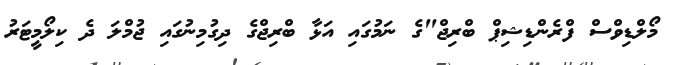
މޯލްޑިވްސް ފްރެންޑިޝިޕް ބްރިޖް"ގެ ނަމުގައި އަޅާ ބްރިޖްގެ ދިގުމިނުގައި ޖުމްލަ ދެ ކިލޯމީޓަރު